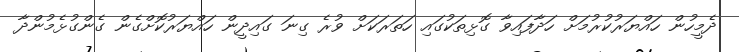
ދެމީހުން ހައްޔަރުކުރުމަށް ހަދާފައިވާ ގޮޅިތަކުގައި ހަތަރަކަށް ވުރެ ގިނަ ގައިދީން ހައްޔަރުކޮށްގެން ގެންގުޅެމުންދާ